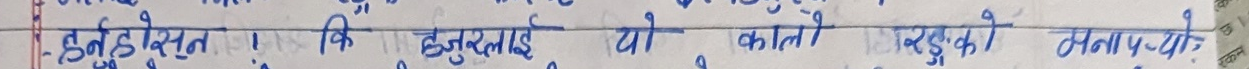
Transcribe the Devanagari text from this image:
हुन हुदोसन। कि हजुरलाई यो कालो रुडको मान्छे चो